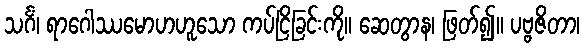
သင်္ဂံ၊ ရာဂေါဿမောဟဟူသော ကပ်ငြိခြင်းကို။ ဆေတွာန၊ ဖြတ်၍။ ပဗ္ဗဇိတာ၊